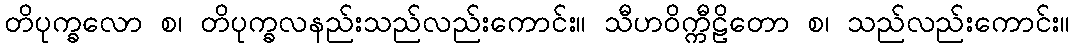
တိပုက္ခလော စ၊ တိပုက္ခလနည်းသည်လည်းကောင်း။ သီဟဝိက္ကီဠိတော စ၊ သည်လည်းကောင်း။